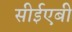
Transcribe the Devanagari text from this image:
सीईएबी